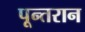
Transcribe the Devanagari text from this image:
पून्तरान